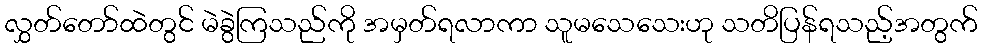
လွှတ်တော်ထဲတွင် မဲခွဲကြသည်ကို အမှတ်ရလာကာ သူမသေသေးဟု သတိပြန်ရသည့်အတွက်